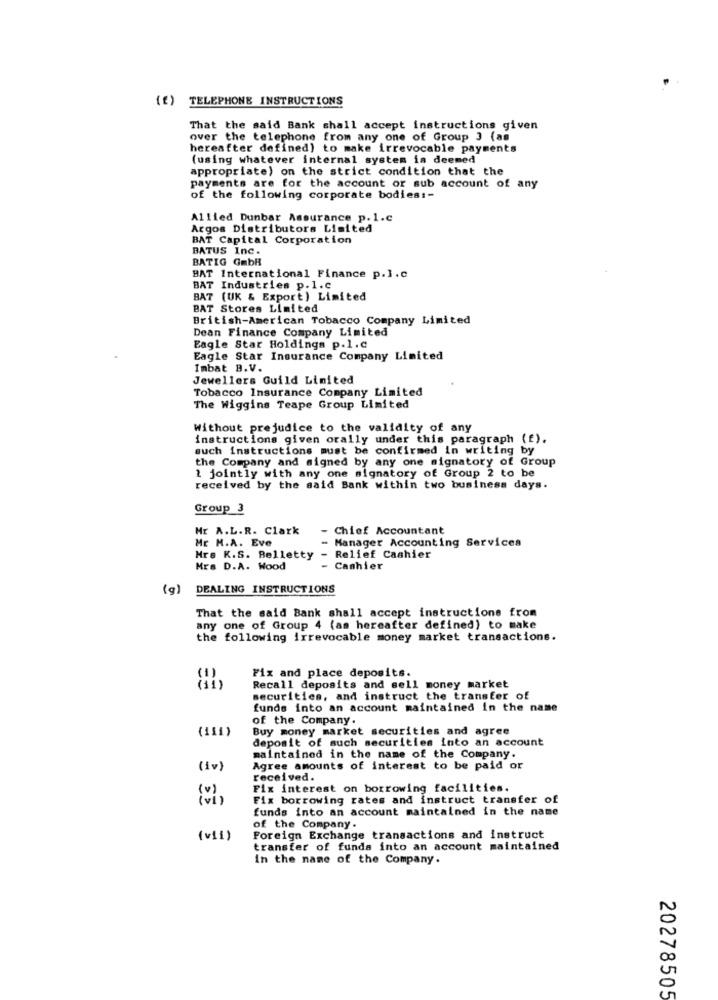
(f) TELEPHONE INSTRUCTIONS
That the said Bank shall accept instructions given
over the telephone from any one of Group ) (as
hereafter defined) to make irrevocable payments
(using whatever internal system is deemed
appropriate) on the strict condition that the
payments are for the account or sub account of any
of the following corporate bodies :-
Allied Dunbar Assurance p. 1.C
Argos Distributors Limited
BAT Capital Corporation
BATUS Inc.
BATIG GmbH
HAT International Finance p.l.C
BAT Industries p.1.c
BAT (UK & Export) Limited
BAT Stores Limited
British-American Tobacco Company Limited
Dean Finance Company Limited
Eagle Star Holdings p.l.C
Eagle Star Insurance Company Limited
Imbat B.V.
Jewellers Guild Limited
Tobacco Insurance Company Limited
The Wiggins Teape Group Limited
Without prejudice to the validity of any
instructions given orally under this paragraph (f).
such instructions must be confirmed in writing by
the Company and signed by any one signatory of Group
2 jointly with any one signatory of Group 2 to be
received by the said Bank within two business days.
Group 3
Mr A.L.R. Clark
- Chief Accountant
Mr M.A. Eve
- Manager Accounting Services
Hre K.S. Belletty - Relief Cashier
Mrs D.A. Wood
Cashier
(g)
DEALING INSTRUCTIONS
That the said Bank shall accept instructions from
any one of Group 4 (as hereafter defined) to make
the following irrevocable money market transactions.
Fix and place deposits.
Recall deposits and sell money market
securities, and instruct the transfer of
funds into an account maintained in the name
of the Company.
(111)
Buy money market securities and agree
deposit of such securities into an account
maintained in the name of the Company.
(iv)
Agree amounts of interest to be paid or
received.
( v)
Fix interest on borrowing facilities.
(vi )
Fix borrowing rates and instruct transfer of
funds into an account maintained in the name
of the Company.
(vil)
Foreign Exchange transactions and instruct
transfer of funds into an account maintained
in the name of the Company.
20278505